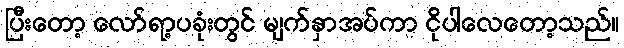
ပြီးတော့ လော်ရာ့ပခုံးတွင် မျက်နှာအပ်ကာ ငိုပါလေတော့သည်။